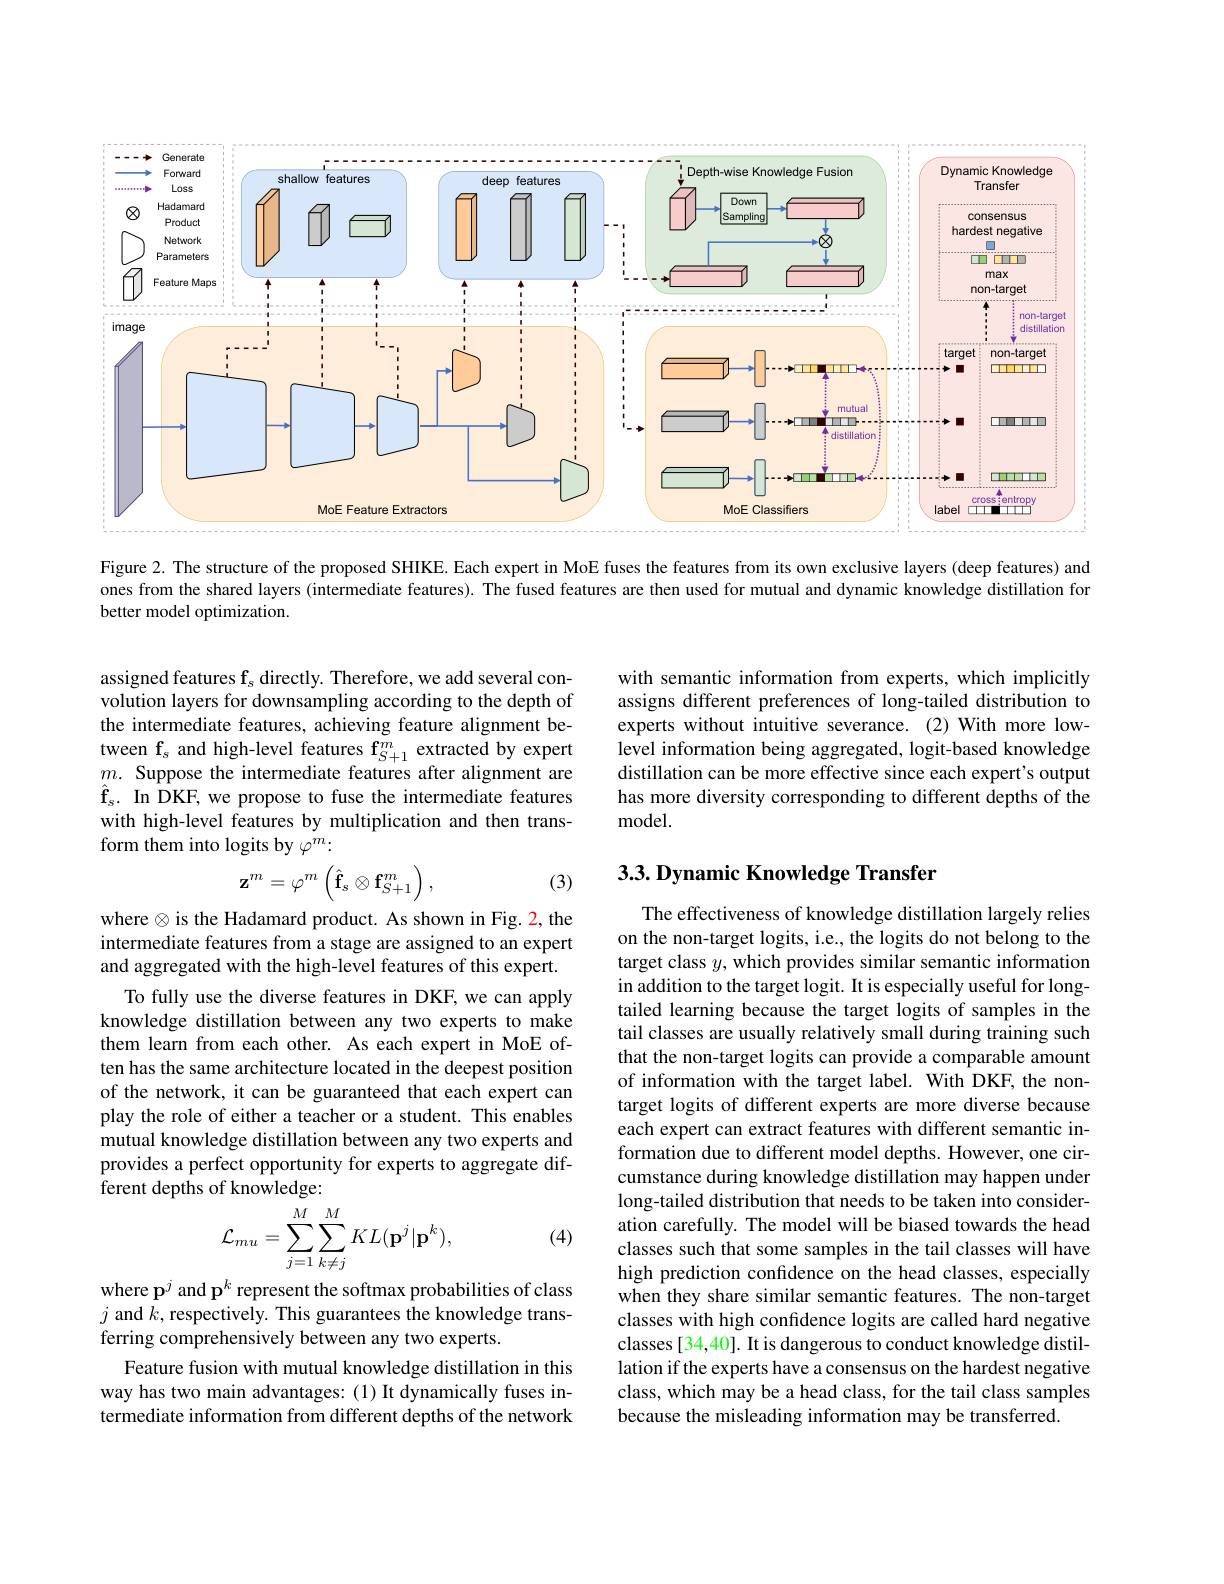
<FigureHere>

Figure 2. The structure of the proposed SHIKE. Each expert in MoE fuses the features from its own exclusive layers (deep features) and ones from the shared layers (intermediate features). The fused features are then used for mutual and dynamic knowledge distillation for better model optimization.

with semantic information from experts, which implicitly assigns different preferences of long-tailed distribution to experts without intuitive severance.(2)With more lowlevel information being aggregated, logit-based knowledge distillation can be more effective since each expert's output has more diversity corresponding to different depths of the model.

assigned features $\mathbf f_s$ directly. Therefore, we add several convolution layers for downsampling according to the depth of the intermediate features, achieving feature alignment between f$_s$ and high-level features f$_S+1^m$ extracted by expert $m.$ Suppose the intermediate features after alignment are $\hat{\mathbf{f}}_{s}.$ In DKF, we propose to fuse the intermediate features with high-level features by multiplication and then transform them into logits by $\varphi^m:$

## $3. 3. \textbf{Dynamic Knowledge Transfer}$
$$\mathbf{z}^m=\varphi^m\left(\hat{\mathbf{f}}_s\otimes\mathbf{f}_{S+1}^m\right),$$
(3)

where $\otimes$is the Hadamard product. As shown in Fig. 2, the intermediate features from a stage are assigned to an expert and aggregated with the high-level features of this expert.
To fully use the diverse features in DKF, we can apply knowledge distillation between any two experts to make them learn from each other. As each expert in MoE often has the same architecture located in the deepest position of the network, it can be guaranteed that each expert can play the role of either a teacher or a student. This enables mutual knowledge distillation between any two experts and provides a perfect opportunity for experts to aggregate different depths of knowledge:

The effectiveness of knowledge distillation largely relies on the non-target logits, i.e., the logits do not belong to the target class $y$, which provides similar semantic information in addition to the target logit. It is especially useful for longtailed learning because the target logits of samples in the tail classes are usually relatively small during training such that the non-target logits can provide a comparable amount of information with the target label. With DKF, the nontarget logits of different experts are more diverse because each expert can extract features with different semantic information due to different model depths. However, one circumstance during knowledge distillation may happen under long-tailed distribution that needs to be taken into consideration carefully. The model will be biased towards the head classes such that some samples in the tail classes will have high prediction confidence on the head classes, especially when they share similar semantic features. The non-target classes with high confidence logits are called hard negative classes [34,40]. It is dangerous to conduct knowledge distillation if the experts have a consensus on the hardest negative class, which may be a head class, for the tail class samples because the misleading information may be transferred.
$$\mathcal{L}_{mu}=\sum_{j=1}^{M}\sum_{k\neq j}^{M}KL(\mathbf{p}^{j}|\mathbf{p}^{k}),$$
(4)

where p$^j$ and p$^k$ represent the softmax probabilities of class $j$ and $k$,respectively. This guarantees the knowledge transferring comprehensively between any two experts.
Feature fusion with mutual knowledge distillation in this way has two main advantages: (1) It dynamically fuses intermediate information from different depths of the network